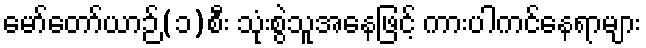
မော်တော်ယာဉ်(၁)စီး သုံးစွဲသူအနေဖြင့် ကားပါကင်နေရာများ